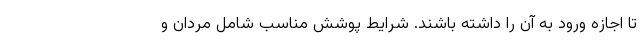
تا اجازه ورود به آن را داشته باشند. شرایط پوشش مناسب شامل مردان و